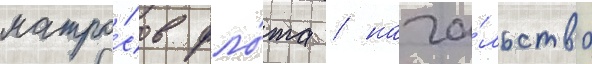
матро́сов фло́та / нача́льство